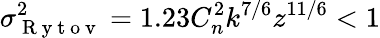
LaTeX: \sigma_{\mathrm{~R~y~t~o~v~}}^{2}=1.23C_{n}^{2}k^{7/6}z^{11/6}<1